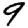
Digit: 9